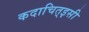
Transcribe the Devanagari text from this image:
कदाचित्‌इसी